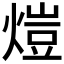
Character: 𤍈